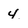
Character: 4